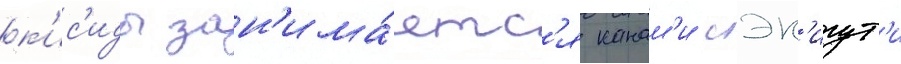
к'ис'иды зан'има́етс'я канам'и сэк'игут'и